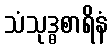
သံသုဒ္ဓစာရိနံ